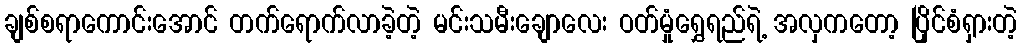
ချစ်စရာကောင်းအောင် တက်ရောက်လာခဲ့တဲ့ မင်းသမီးချောလေး ဝတ်မှုံရွှေရည်ရဲ့ အလှကတော့ ပြိုင်စံရှားတဲ့